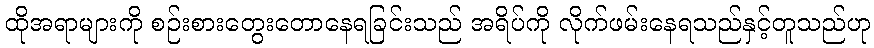
ထိုအရာများကို စဉ်းစားတွေးတောနေရခြင်းသည် အရိပ်ကို လိုက်ဖမ်းနေရသည်နှင့်တူသည်ဟု